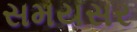
સમયસર